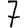
Digit: 7